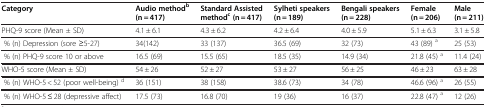
| Category | Audio methodb(n = 417) | Standard Assisted methodc(n = 417) | Sylheti speakers (n = 189) | Bengali speakers (n = 228) | Female (n = 206) | Male (n = 211) |
 | --- | --- | --- | --- | --- | --- | --- |
 | PHQ-9 score (Mean ± SD) | 4.1 ± 6.1 | 4.3 ± 6.2 | 4.2 ± 6.4 | 4.0 ± 5.9 | 5.1 ± 6.3 | 3.1 ± 5.8 |
 | % (n) Depression (sore ≥5-27) | 34(142) | 33 (137) | 36.5 (69) | 32 (73) | 43 (89) a | 25 (53) |
 | % (n) PHQ-9 score 10 or above | 16.5 (69) | 15.5 (65) | 18.5 (35) | 14.9 (34) | 21.8 (45) a | 11.4 (24) |
 | WHO-5 score (Mean ± SD) | 54 ± 26 | 52 ± 27 | 53 ± 27 | 56 ± 25 | 46 ± 23 | 63 ± 28 |
 | % (n) WHO-5 < 52 (poor well-being) d | 36 (151) | 38 (158) | 38.6 (73) | 34 (78) | 46.6 (96) a | 26 (55) |
 | % (n) WHO-5 ≤ 28 (depressive affect) | 17.5 (73) | 16.8 (70) | 19 (36) | 16 (37) | 22.8 (47) a | 12 (26) |